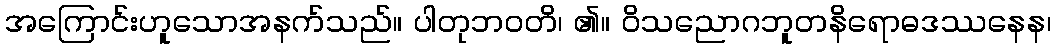
အကြောင်းဟူသောအနက်သည်။ ပါတုဘဝတိ၊ ၏။ ဝိသညောဂဘူတနိရောဓဒဿနေန၊